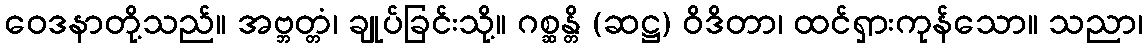
ဝေဒနာတို့သည်။ အဗ္ဘတ္တံ၊ ချုပ်ခြင်းသို့။ ဂစ္ဆန္တိ (ဆဋ္ဌ) ဝိဒိတာ၊ ထင်ရှားကုန်သော။ သညာ၊